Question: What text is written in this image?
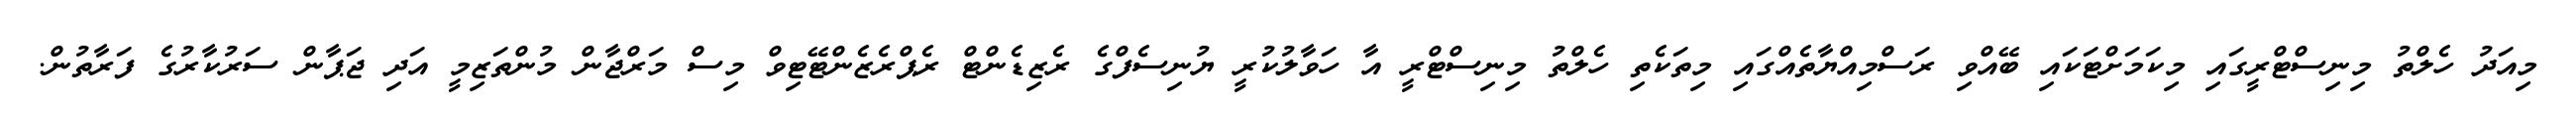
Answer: މިއަދު ހެލްތު މިނިސްޓްރީގައި މިކަމަށްޓަކައި ބޭއްވި ރަސްމިއްޔާތެއްގައި މިތަކެތި ހެލްތު މިނިސްޓްރީ އާ ހަވާލުކުރީ ޔުނިސެފްގެ ރެޒިޑެންޓް ރެޕްރެޒެންޓޭޓިވް މިސް މަރްޖާން މުންތަޒިމީ އަދި ޖަޕާން ސަރުކާރުގެ ފަރާތުން.